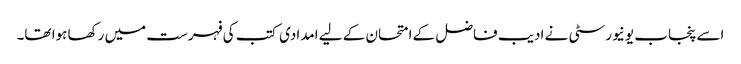
اسے پنجاب یونیورسٹی نے ادیب فاضل کے امتحان کے لیے امدادی کتب کی فہرست میں رکھا ہوا تھا۔